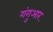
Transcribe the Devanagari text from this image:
गंगुआर